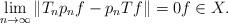
LaTeX: \begin{align*}\lim_{n \to \infty} \|T_n p_n f - p_n T f \| = 0 f \in X.\end{align*}